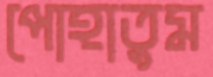
পোহাতুম